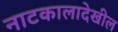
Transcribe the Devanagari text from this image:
नाटकालादेखील